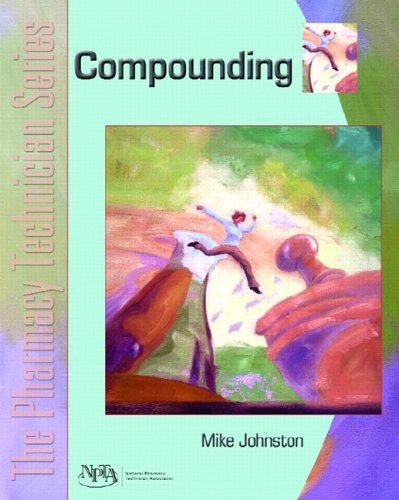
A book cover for Compounding: The Pharmacy Technician Series; Mike Johnston; Medical Books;